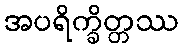
အပရိက္ခိတ္တဿ